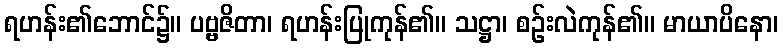
ရဟန်း၏ဘောင်၌။ ပဗ္ဗဇိတာ၊ ရဟန်းပြုကုန်၏။ သဋ္ဌာ၊ စဉ်းလဲကုန်၏။ မာယာပိနော၊